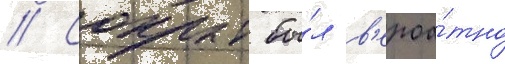
// Сокрыт бы́л в'ероа́тно